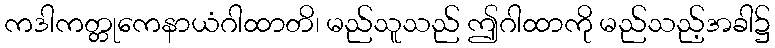
ကဒါကတ္တုကေနာယံဂါထာတိ၊ မည်သူသည် ဤဂါထာကို မည်သည့်အခါ၌